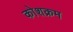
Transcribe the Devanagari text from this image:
कोशक्रम